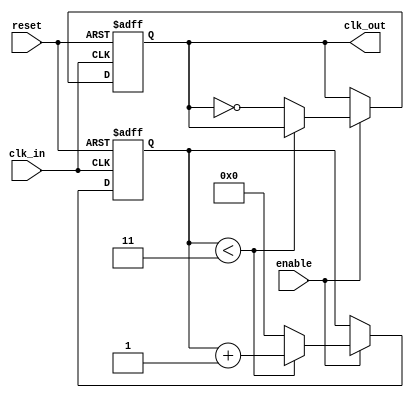
module ClockDividerBuffer #(
    parameter N = 4  // Default division factor
)(
    input wire clk_in,     // Input clock signal
    input wire reset,      // Asynchronous reset signal
    input wire enable,     // Enable signal
    output reg clk_out     // Output clock signal
);

    reg [31:0] counter;    // Counter to keep track of clock cycles

    // Clock Divider Logic
    always @(posedge clk_in or posedge reset) begin
        if (reset) begin
            counter <= 0;   // Reset counter
            clk_out <= 0;   // Reset output clock
        end else if (enable) begin
            if (counter < (N - 1)) begin
                counter <= counter + 1; // Increment counter
            end else begin
                counter <= 0;  // Reset counter
                clk_out <= ~clk_out; // Toggle output clock
            end
        end
    end

endmodule